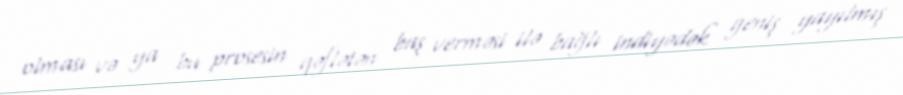
olması və ya bu prosesin qəflətən baş verməsi ilə bağlı indiyədək geniş yayılmış